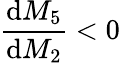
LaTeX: \frac{\mathrm{d}M_{5}}{\mathrm{d}M_{2}}<0